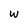
Character: W